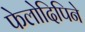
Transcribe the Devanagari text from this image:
फेलोदिपिने